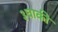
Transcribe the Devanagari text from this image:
३चाकी